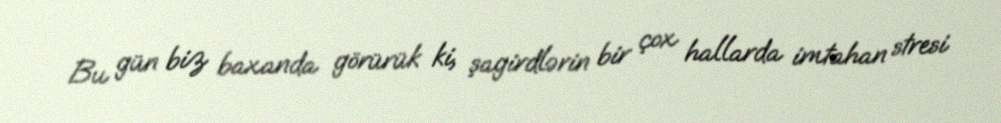
Bu gün biz baxanda görürük ki, şagirdlərin bir çox hallarda imtahan stresi